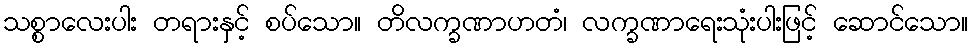
သစ္စာလေးပါး တရားနှင့် စပ်သော။ တိလက္ခဏာဟတံ၊ လက္ခဏာရေးသုံးပါးဖြင့် ဆောင်သော။